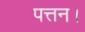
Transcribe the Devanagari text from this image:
पत्तन।